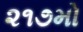
૨૧૭મો